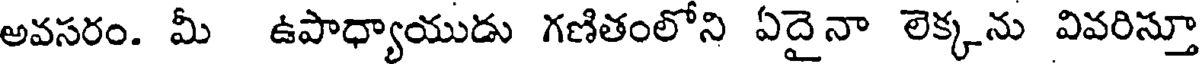
అవసరం. మీ ఉపాధ్యాయుడు గణితంలోని ఏదైనా లెక్కను వివరిస్తూ